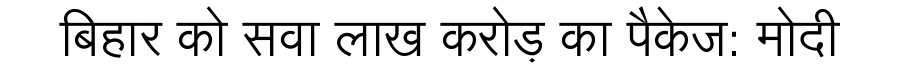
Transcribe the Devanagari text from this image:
बिहार को सवा लाख करोड़ का पैकेज: मोदी